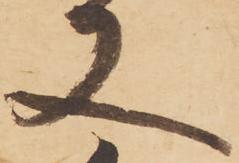
又